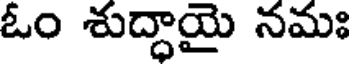
ఓం శుద్ధాయై నమః